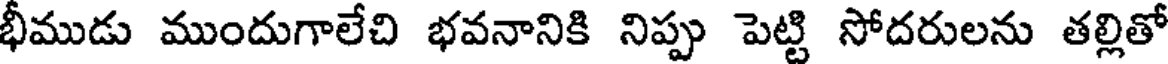
భీముడు ముందుగాలేచి భవనానికి నిప్పు పెట్టి సోదరులను తల్లితో